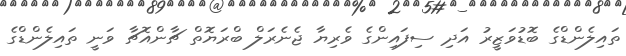
ތައިލެންޑްގެ ބޮޑުވަޒީރު އަދި ސިފައިންގެ ވެރިޔާ ޖެނެރަލް ބްރަޔޮތް ޗާންއޮޗާ ވަނީ ތައިލެންޑްގެ